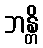
ဘန္တိ